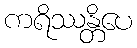
ကရိဿန္တိပေ